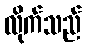
လိုက်သည်